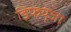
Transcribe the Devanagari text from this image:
डिफयूजा